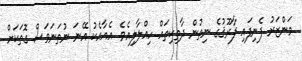
މަންޒަރު ފެނިފައި ފާރޫޤުގެ ނިތުން ދާތިކިތައް ހިއްލާލިއެވެ. އެއާއެކު އޭނަ ނުތަނަވަސް ގޮތަކަށް